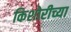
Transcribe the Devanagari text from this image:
किशोरीच्या